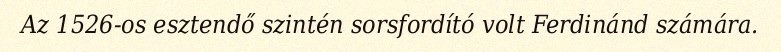
Az 1526-os esztendő szintén sorsfordító volt Ferdinánd számára.